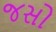
જસો